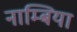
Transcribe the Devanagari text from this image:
नाम्बिया